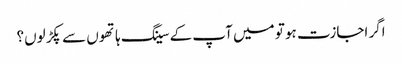
اگر اجازت ہو تو میں آپ کے سینگ ہاتھوں سے پکڑ لوں؟